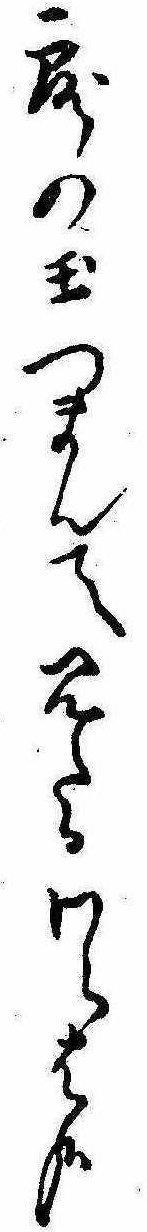
露の玉つまんて見たるわらは哉